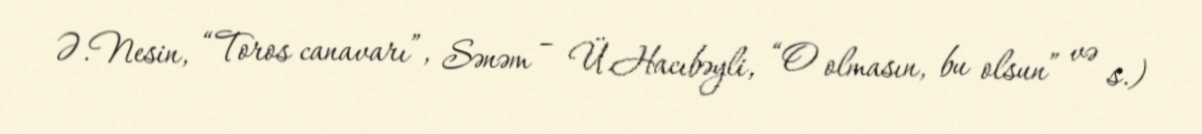
Ə.Nesin, “Toros canavarı”, Sənəm – Ü.Hacıbəyli, “O olmasın, bu olsun” və s.)